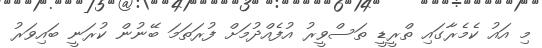
މި އައު ކެމެރާގައި ތްރީޑީ ތަސްވީރު އުފެއްދުމަށް ފުރަތަމަ ބޭނުން ކުރަނީ ބައިވަރު